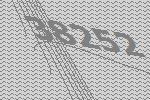
38252